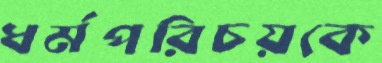
ধর্মপরিচয়কে